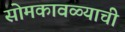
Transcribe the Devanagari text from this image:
सोमकावळ्याची